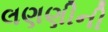
લણણીની